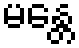
မန္တေ